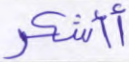
أأشكر